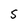
Character: S